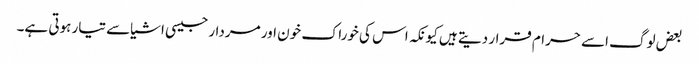
بعض لوگ اسے حرام قرار دیتے ہیں کیونکہ اس کی خوراک خون اور مردار جیسی اشیاسے تیار ہوتی ہے۔